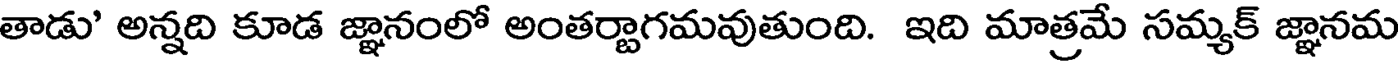
తాడు' అన్నది కూడ జ్ఞానంలో అంతర్జాగమవుతుంది. ఇది మాత్రమే సమ్యక్ జ్ఞానమ